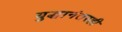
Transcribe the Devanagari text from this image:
युद्धानंतरही